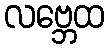
လဗ္ဘေထ